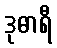
ဒုဓာရီ